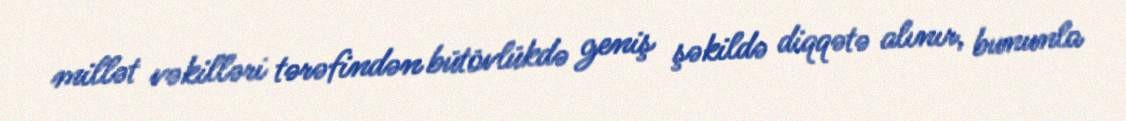
millət vəkilləri tərəfindən bütövlükdə geniş şəkildə diqqətə alınır, bununla